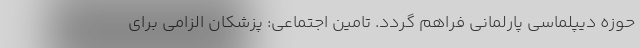
حوزه دیپلماسی پارلمانی فراهم گردد. تامین اجتماعی: پزشکان الزامی برای